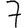
Digit: 7